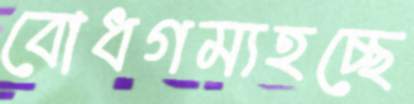
বোধগম্যহচ্ছে